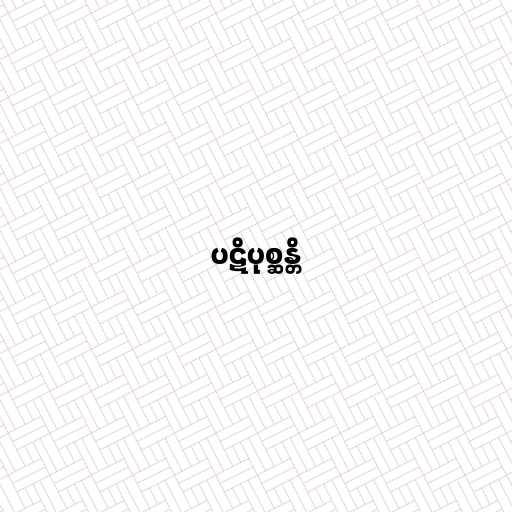
ပဋိပုစ္ဆန္တိ